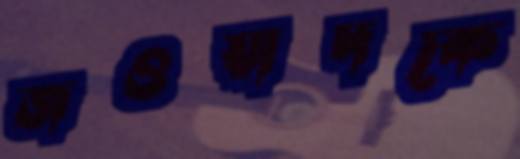
জওয়াদকে